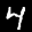
Label: 4